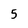
Character: 5